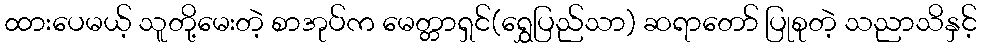
ထားပေမယ့် သူတို့မေးတဲ့ စာအုပ်က မေတ္တာရှင်(ရွှေပြည်သာ) ဆရာတော် ပြုစုတဲ့ သညာသိနှင့်